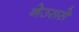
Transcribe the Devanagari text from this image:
नेउससे